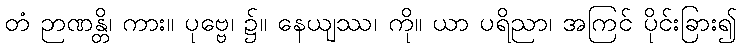
တံ ဉာဏန္တိ၊ ကား။ ပုဗ္ဗေ၊ ၌။ နေယျဿ၊ ကို။ ယာ ပရိညာ၊ အကြင် ပိုင်းခြား၍